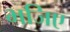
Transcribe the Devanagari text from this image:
भजिए